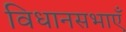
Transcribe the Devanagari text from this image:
विधानसभाएँ